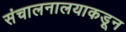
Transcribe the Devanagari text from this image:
संचालनालयाकडून